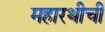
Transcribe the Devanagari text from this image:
महारथीची